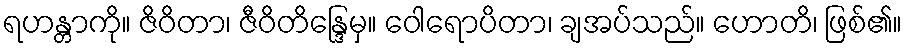
ရဟန္တာကို။ ဇိဝိတာ၊ ဇီဝိတိန္ဒြေမှ။ ဝေါရောပိတာ၊ ချအပ်သည်။ ဟောတိ၊ ဖြစ်၏။